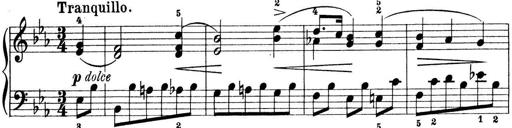
Title: Preis-Sonatine
Composer: Ernst James Bremner